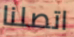
اتصلنا